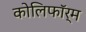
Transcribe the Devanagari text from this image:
कोलिफॉर्म